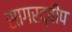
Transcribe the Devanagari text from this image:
सागरद्वीप